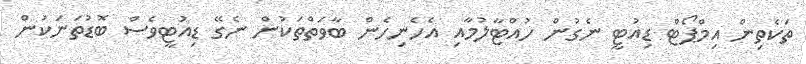
ތަކެތިން އިމްޕޯޓް ޑިއުޓީ ނެގުން ހުއްޓާލުމާއި އެހެނިހެން ބާވަތްތަކުން ނެގޭ ޑިއުޓީވެސް ބޮޑުތަނަކުން